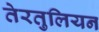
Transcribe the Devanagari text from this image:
तेरतुलियन